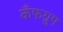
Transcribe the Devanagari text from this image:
कँफग्रुप